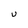
Character: U